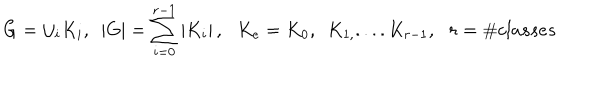
G = \cup _ { i } K _ { i } , \, \, \, \left| G \right| = \sum _ { i = 0 } ^ { r - 1 } \left| K _ { i } \right| , \, \, \, \, K _ { e } = K _ { 0 } , \, \, \, K _ { 1 , } . . . . K _ { r - 1 } , \, \, \, \, r = \# c l a s s e s